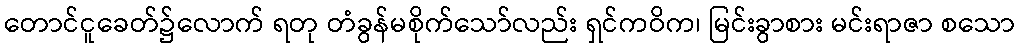
တောင်ငူခေတ်၌လောက် ရတု တံခွန်မစိုက်သော်လည်း ရှင်ကဝိက၊ မြင်းခွာစား မင်းရာဇာ စသော